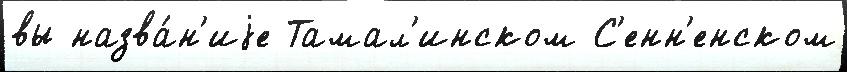
вы назва́н'иjе Тамал'инском С'енн'енском